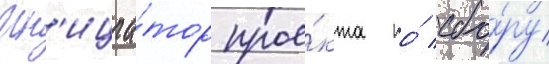
Ин'ициа́тор прое́кта по́ сбо́ру